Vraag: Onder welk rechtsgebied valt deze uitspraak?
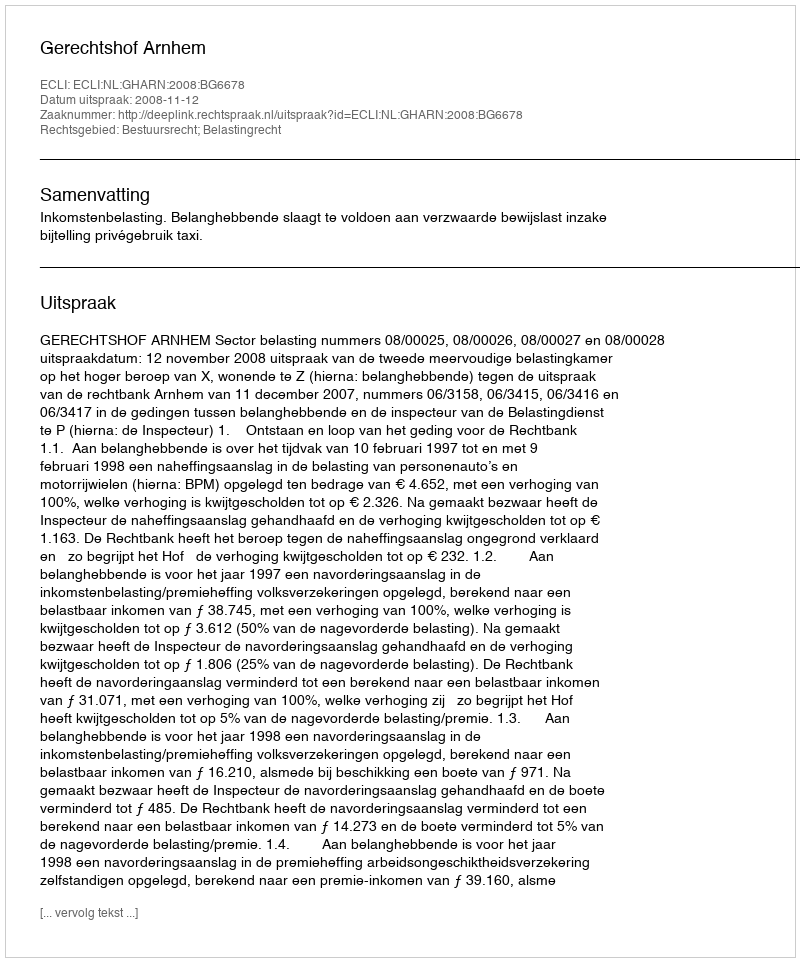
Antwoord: Bestuursrecht; Belastingrecht